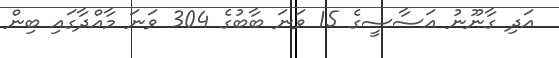
އަދި ގާނޫނު އަސާސީގެ 15 ވަނަ ބާބުގެ 304 ވަނަ މާއްދާގައި ބިން